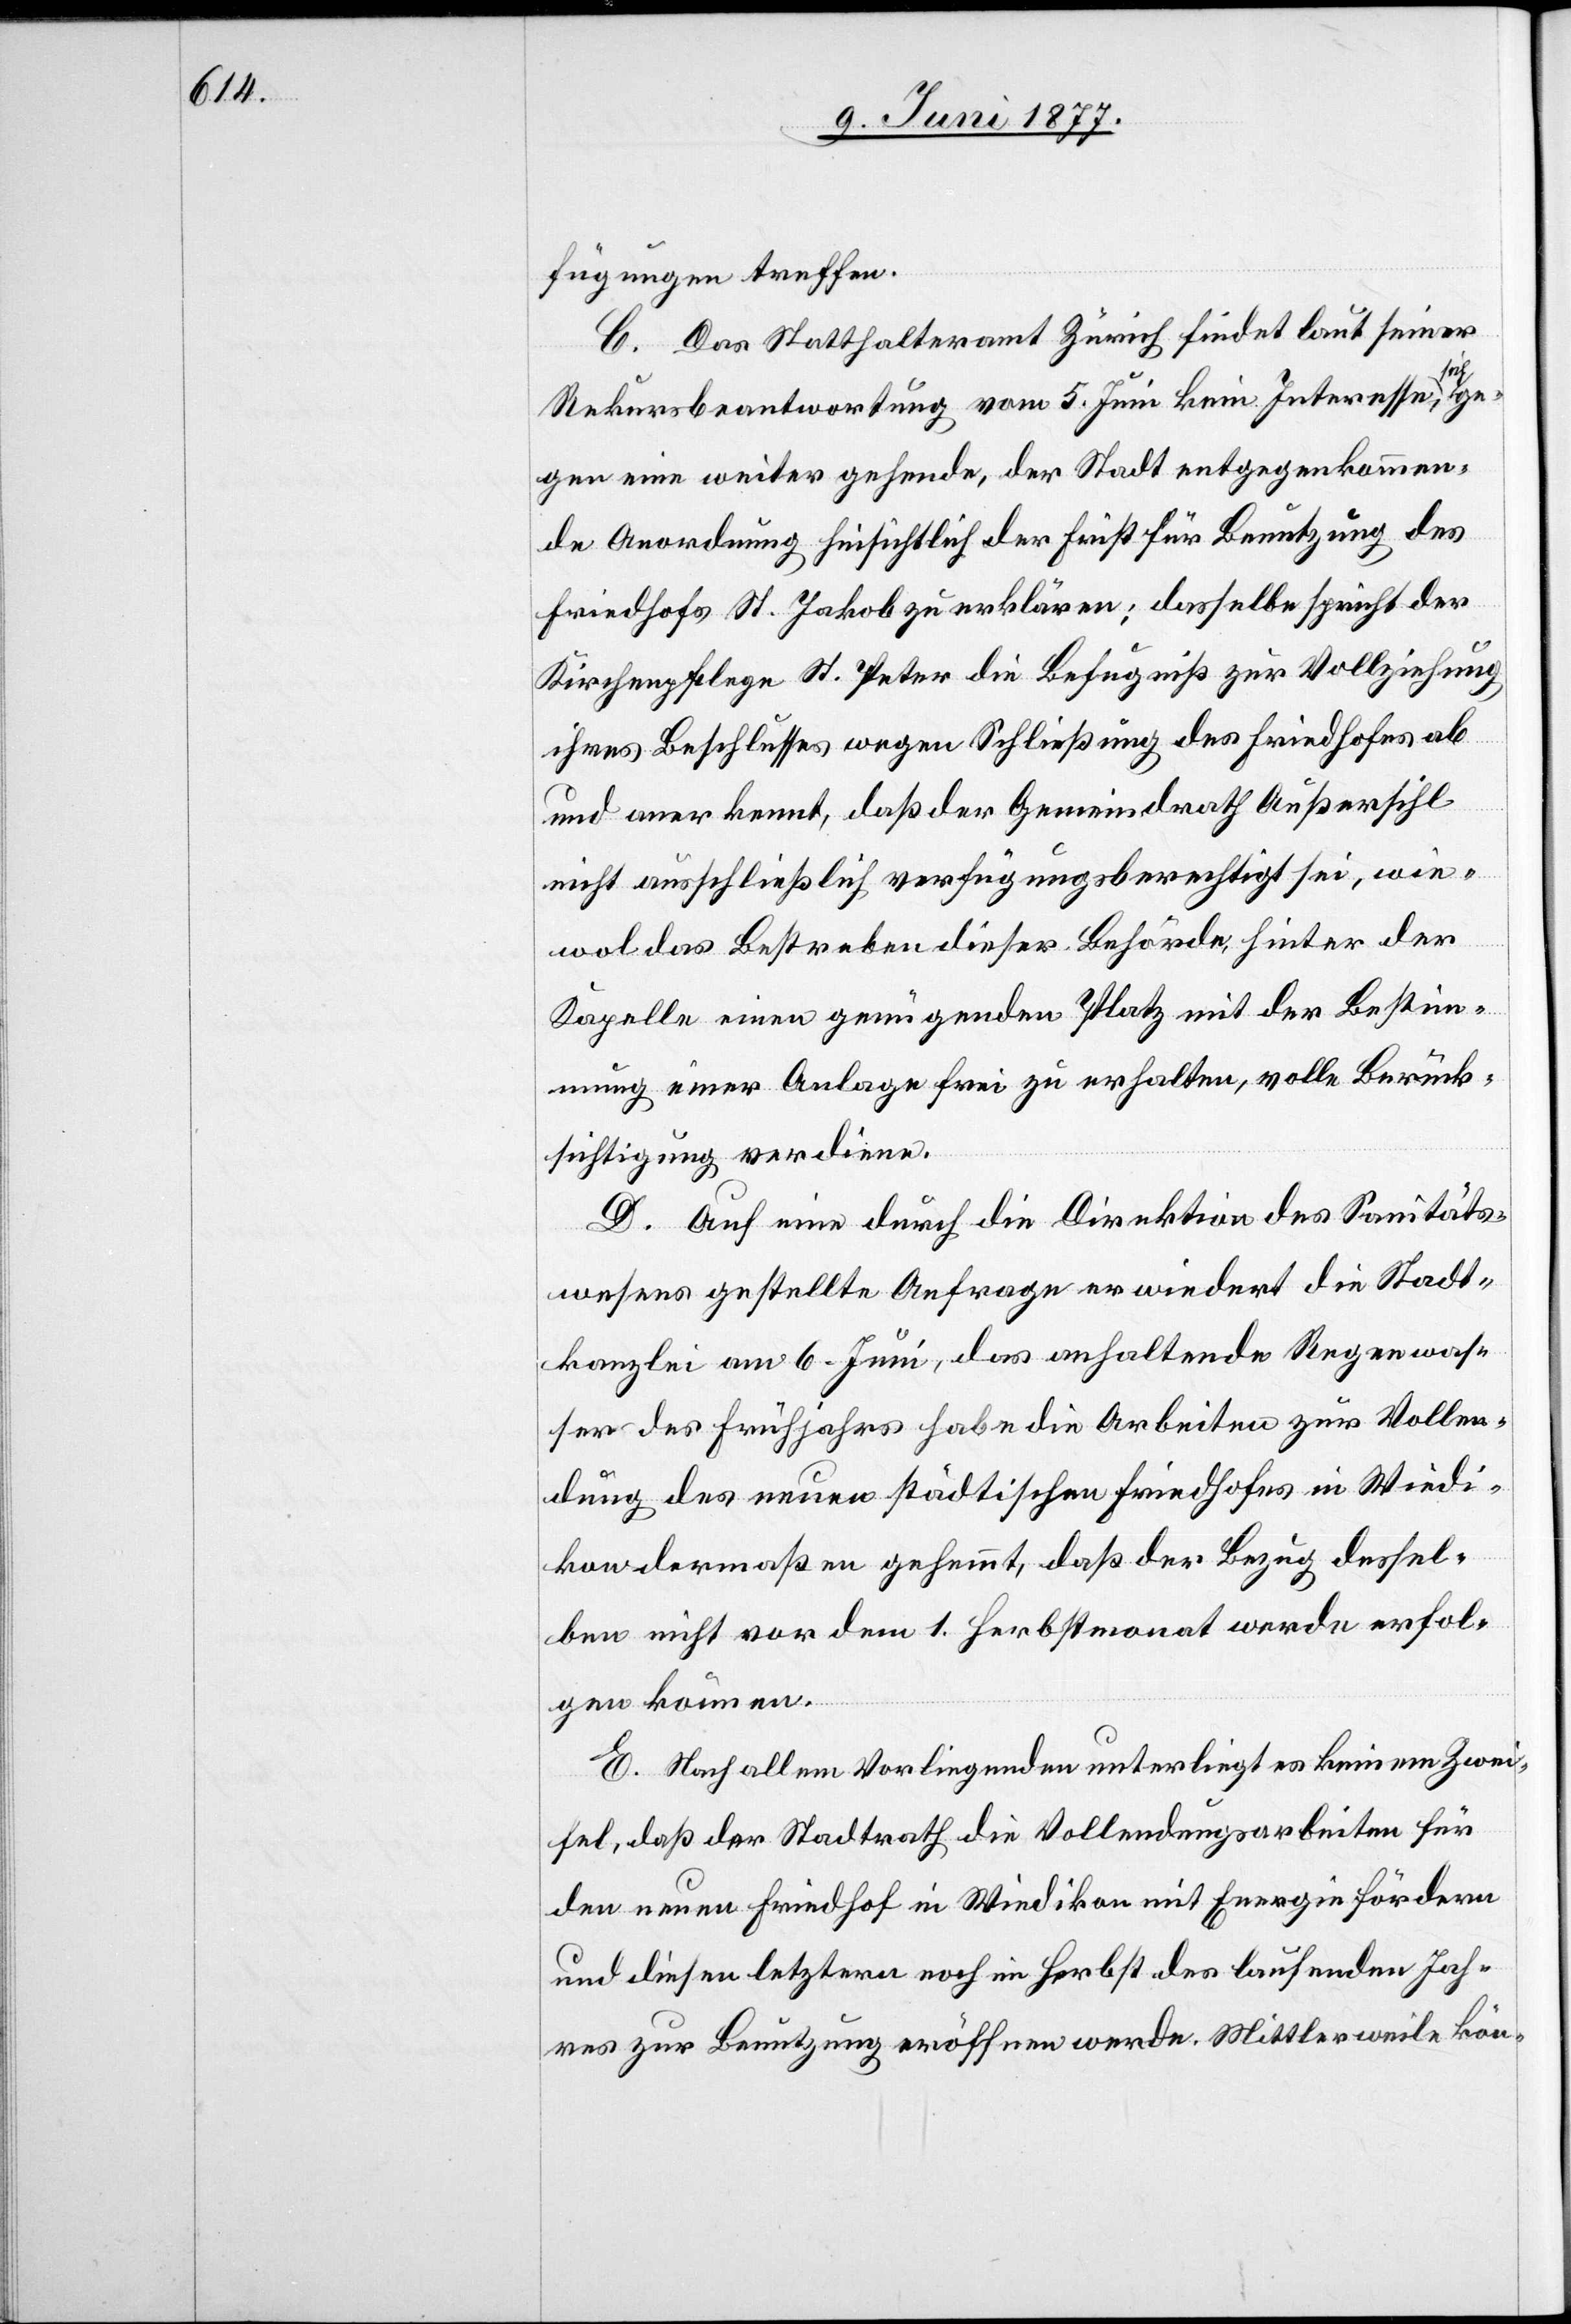
fügungen treffen.
C. Das Statthalteramt Zürich findet laut seiner
Rekursbeantwortung vom 5. Juni kein Interesse, sich ge¬
gen eine weiter gehende, der Stadt entgegenkommen¬
de Anordnung hinsichtlich der Frist für Benutzung des
Friedhofes St. Jakob zu erklären,; dasselbe spricht der
Kirchenpflege St. Peter die Befugniß zur Vollziehung
ihres Beschlusses wegen Schließung des Friedhofes ab
und anerkennt, daß der Gemeindrath Außersihl
nicht ausschließlich verfügungsberechtigt sei, wie¬
wol das Bestreben dieser Behörde, hinter der
Kapelle einen genügenden Platz mit der Bestim¬
mung einer Anlage frei zu erhalten, volle Berück¬
sichtigung verdiene.
D. Auf eine durch die Direktion des Sanitäts¬
wesens gestellte Anfrage erwiedert die Stadt¬
kanzlei am 6. Juni, das anhaltende Regenwas¬
ser des Frühjahrs habe die Arbeiten zur Vollen¬
dung des neuen städtischen Friedhofes in Wiedi¬
kon dermaßen gehemmt, daß der Bezug dessel¬
ben nicht vor dem 1. Herbstmonat werde erfol¬
gen können.
E. Nach allem Vorliegenden unterliegt es keinem Zwei¬
fel, daß der Stadtrath die Vollendungsarbeiten für
den neuen Friedhof in Wiedikon mit Energie fördern
und diesen letztern noch im Herbst des laufenden Jah¬
res zur Benutzung eröffnen werde. Mittlerweile kön-